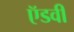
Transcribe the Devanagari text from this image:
ऍडवी